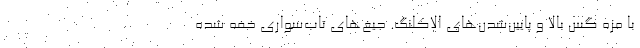
با مزه گس بالا و پایین‌شدن‌های الاکلنگ. جیغ‌های تاب‌سواری خفه‌ شده